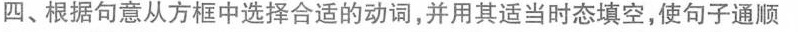
四、根据句意从方框中选择合适的动词,并用其适当时态填空,使句子通顺